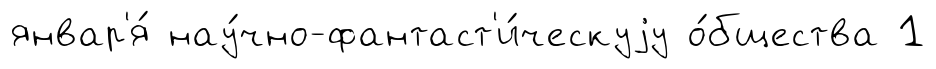
январ'я́ нау́чно-фантаст'и́ческуjу о́бщества 1